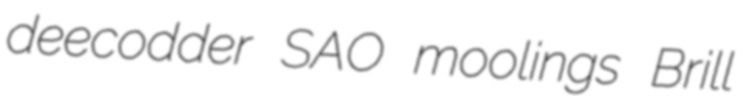
deecodder SAO moolings Brill